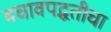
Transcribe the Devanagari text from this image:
बचावपद्धतीचा